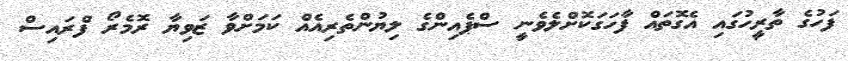
ފަހުގެ ތާރީހުގައި އެގޮތައް ފާހަގަކޮށްލެވެނީ ސްޕެއިންގެ ލިޔުންތެރިއެއް ކަމަށްވާ ޒަވިޔާ ރޮމެރޯ ފްރައިސް